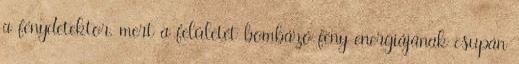
a fénydetektor, mert a felületét bombázó fény energiájának csupán